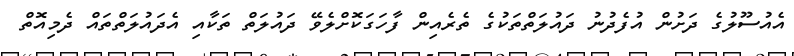
އެއުސޫލުގެ ދަށުން އުފެދުނު ދައުލަތްތަކުގެ ތެރެއިން ފާހަގަކޮށްލެވޭ ދައުލަތް ތަކާއި އެދައުލަތްތައް ދެމިއޮތް